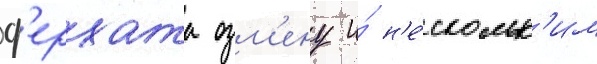
ф'ерхата озм'ену и́ н'е́скольк'им